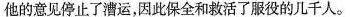
他的意见停止了漕运，因此保全和救活了服役的几千人。